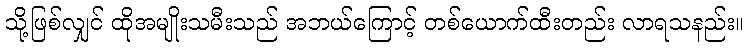
သို့ဖြစ်လျှင် ထိုအမျိုးသမီးသည် အဘယ်ကြောင့် တစ်ယောက်ထီးတည်း လာရသနည်း။